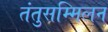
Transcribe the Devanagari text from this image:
तंतुसम्मिलन